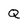
Character: Q